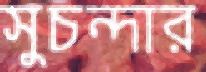
সুচন্দার